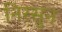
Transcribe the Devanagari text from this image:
निरसुन